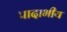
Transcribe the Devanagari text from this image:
पादाभीय